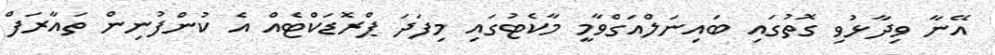
އޭނާ ވިދާޅުވި ގޮތުގައި ބައިނަލްއަގްވާމީ މާކެޓުގައި މިފަދަ ޕްރޮޑަކްޓެއް އެ ކުންފުނިން ތައާރަފް